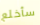
سأخلع